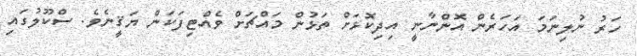
ހަރު ނުލިނަމަ އަހަރެން އޮންނާނީ އިދިކޮޅަށް ތަޅުން މައްޗަށް ވެއްޓިފަކަން ޔަޤީނެވެ. ސްކޫލުގައި